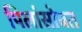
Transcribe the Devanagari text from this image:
पिलांसोबत